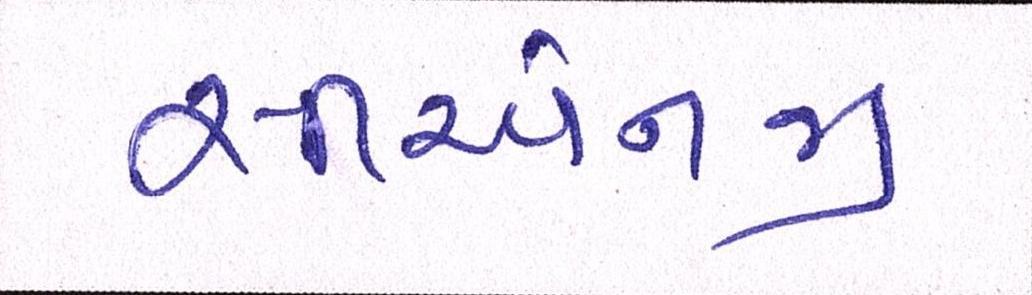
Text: સીએનજી